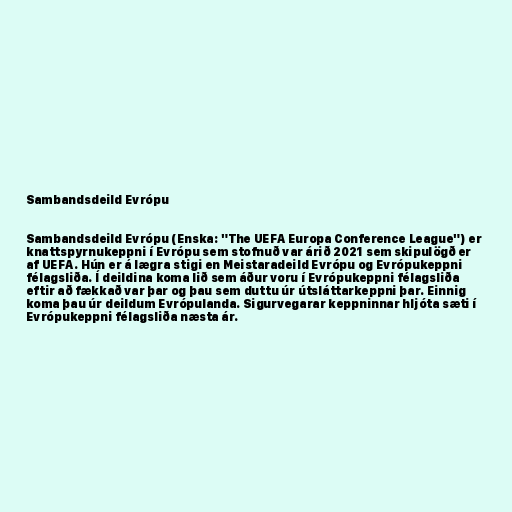
Sambandsdeild Evrópu

Sambandsdeild Evrópu (Enska: "The UEFA Europa Conference League") er
knattspyrnukeppni í Evrópu sem stofnuð var árið 2021 sem skipulögð er
af UEFA. Hún er á lægra stigi en Meistaradeild Evrópu og Evrópukeppni
félagsliða. Í deildina koma lið sem áður voru í Evrópukeppni félagsliða
eftir að fækkað var þar og þau sem duttu úr útsláttarkeppni þar. Einnig
koma þau úr deildum Evrópulanda. Sigurvegarar keppninnar hljóta sæti í
Evrópukeppni félagsliða næsta ár.